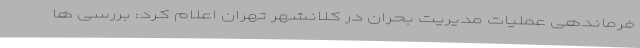
فرماندهی عملیات مدیریت بحران در کلانشهر تهران اعلام کرد: بررسی ها